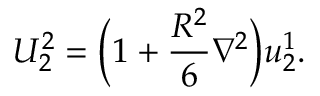
U _ { 2 } ^ { 2 } = \Big ( 1 + \frac { R ^ { 2 } } { 6 } \nabla ^ { 2 } \Big ) u _ { 2 } ^ { 1 } .